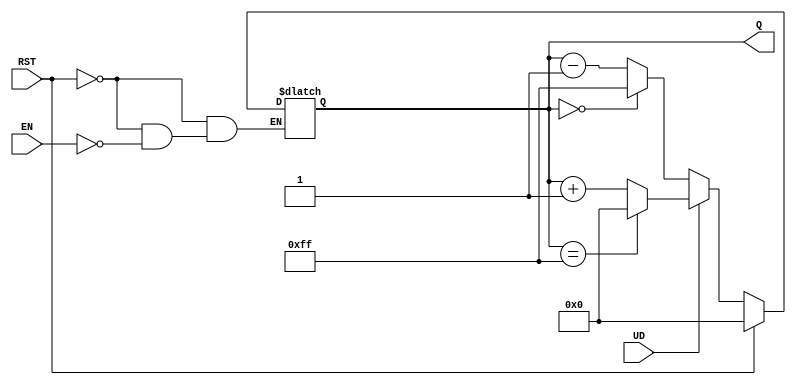
module UpDownCounter (
    input wire UD,        // Up/Down Control
    input wire EN,        // Enable
    input wire RST,       // Asynchronous Reset
    output reg [7:0] Q    // 8-bit Count Output
);

    // Asynchronous reset
    always @* begin
        if (RST) begin
            Q = 8'b00000000; // Reset the counter to 0
        end else if (EN) begin
            if (UD) begin
                // Count up
                if (Q == 8'b11111111) begin
                    Q = 8'b00000000; // Wrap around to 0
                end else begin
                    Q = Q + 1; // Increment count
                end
            end else begin
                // Count down
                if (Q == 8'b00000000) begin
                    Q = 8'b11111111; // Wrap around to max value
                end else begin
                    Q = Q - 1; // Decrement count
                end
            end
        end
    end

endmodule